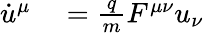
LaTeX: \begin{array}{rl}{\dot{u}^{\mu}}&{{}=\frac{q}{m}F^{\mu\nu}u_{\nu}}\end{array}